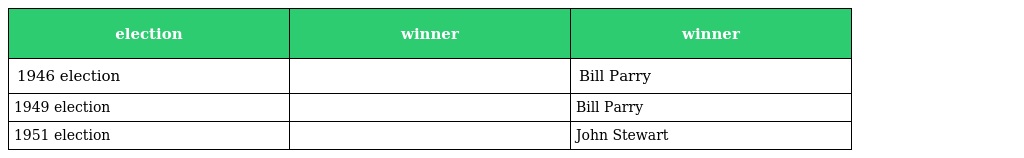
| election | winner | winner |
 | --- | --- | --- |
 | 1946 election |  | Bill Parry |
 | 1949 election |  | Bill Parry |
 | 1951 election |  | John Stewart |